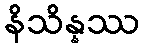
နိသိန္နဿ